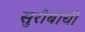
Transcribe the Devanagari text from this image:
सुरीबाची